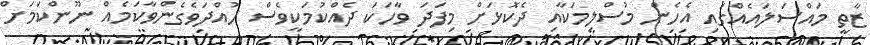
ޒާތީ މައްސަލައެއްގައި އެހެން މުސްލިމަކާއި ދެކޮޅަށް މިފަދަ ވާހަކަ ދެއްކުމަކީވެސް ހުއްދަވެގެންވާކަމެއް ނޫންކަމަށް